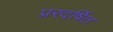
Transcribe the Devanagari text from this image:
प्ररदर्षित